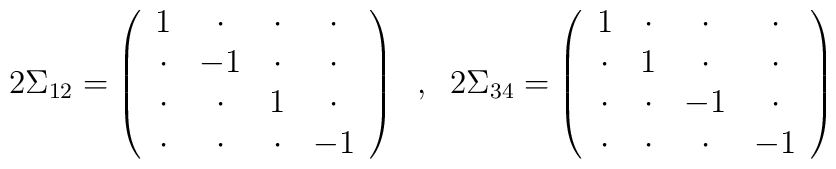
2\Sigma_{12}= \left(\begin{array}{cccc}                1     & \cdot & \cdot & \cdot \\                \cdot & -1    & \cdot & \cdot \\                 \cdot & \cdot & 1     & \cdot \\                \cdot & \cdot & \cdot & -1    \end{array}\right)\;\;,\;\;2\Sigma_{34}= \left(\begin{array}{cccc}                1     & \cdot & \cdot & \cdot \\                \cdot & 1     & \cdot & \cdot \\                 \cdot & \cdot & -1    & \cdot \\                \cdot & \cdot & \cdot & -1    \end{array}\right)\nonumber